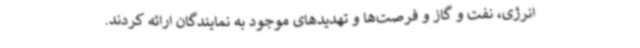
انرژی، نفت و گاز و فرصت‌ها و تهدیدهای موجود به نمایندگان ارائه کردند.